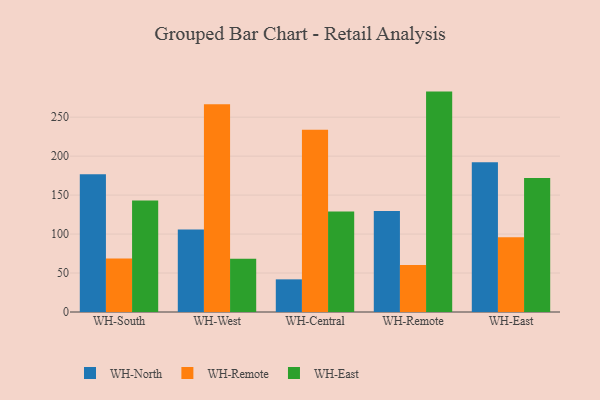
{"axis": {"x": "Warehouse", "y": "Page Views"}, "legend": ["WH-East", "WH-North", "WH-Remote"], "data": [{"x": "WH-South", "y": 176.6, "type": "WH-North"}, {"x": "WH-South", "y": 68.7, "type": "WH-Remote"}, {"x": "WH-South", "y": 143.2, "type": "WH-East"}, {"x": "WH-West", "y": 105.9, "type": "WH-North"}, {"x": "WH-West", "y": 266.5, "type": "WH-Remote"}, {"x": "WH-West", "y": 68.3, "type": "WH-East"}, {"x": "WH-Central", "y": 41.9, "type": "WH-North"}, {"x": "WH-Central", "y": 233.7, "type": "WH-Remote"}, {"x": "WH-Central", "y": 128.9, "type": "WH-East"}, {"x": "WH-Remote", "y": 129.5, "type": "WH-North"}, {"x": "WH-Remote", "y": 60.3, "type": "WH-Remote"}, {"x": "WH-Remote", "y": 282.8, "type": "WH-East"}, {"x": "WH-East", "y": 192.3, "type": "WH-North"}, {"x": "WH-East", "y": 96.0, "type": "WH-Remote"}, {"x": "WH-East", "y": 172.0, "type": "WH-East"}]}